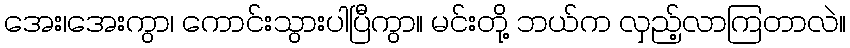
အေး၊အေးကွာ၊ ကောင်းသွားပါပြီကွာ။ မင်းတို့ ဘယ်က လှည့်လာကြတာလဲ။